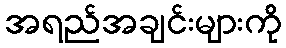
အရည်အချင်းများကို